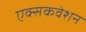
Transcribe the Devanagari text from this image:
एक्सकवेशन